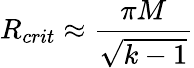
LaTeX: R_{crit}\approx{\frac{\pi M}{\sqrt{k-1}}}